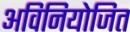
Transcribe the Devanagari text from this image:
अविनियोजित